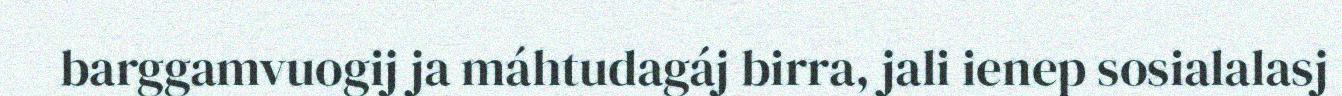
barggamvuogij ja máhtudagáj birra, jali ienep sosialalasj